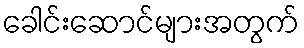
ခေါင်းဆောင်များအတွက်